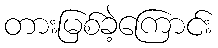
တားမြစ်ခဲ့ကြောင်း